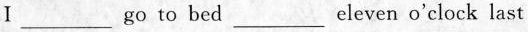
Ⅰ___go to bed___ eleven o'clock last